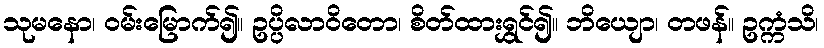
သုမနော၊ ဝမ်းမြောက်၍။ ဥပ္ပိလာဝိတော၊ စိတ်ထားရွှင်၍။ ဘိယျော၊ တဖန်။ ဥက္ကံသိ၊